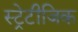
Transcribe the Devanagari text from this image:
स्ट्रेटीजिक